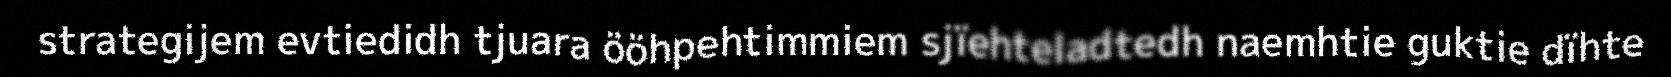
strategijem evtiedidh tjuara ööhpehtimmiem sjïehteladtedh naemhtie guktie dïhte